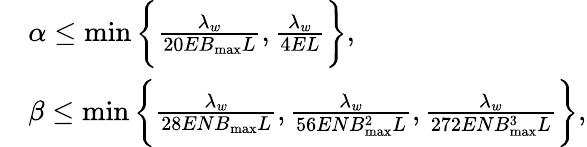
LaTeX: \begin{array}{rl}&{\alpha\leq\operatorname*{min}\bigg\{ \frac{\lambda_{w}}{20EB_{\operatorname*{max}}L},\frac{\lambda_{w}}{4EL}\bigg\} ,}\\ &{\beta\leq\operatorname*{min}\bigg\{ \frac{\lambda_{w}}{28ENB_{\operatorname*{max}}L},\frac{\lambda_{w}}{56ENB_{\operatorname*{max}}^{2}L},\frac{\lambda_{w}}{272ENB_{\operatorname*{max}}^{3}L}\bigg\} ,}\end{array}